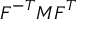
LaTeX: { \boldsymbol { F } } ^ { - T } { \boldsymbol { M } } { \boldsymbol { F } } ^ { T }